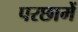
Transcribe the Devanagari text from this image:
परछामें